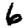
Digit: 6